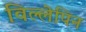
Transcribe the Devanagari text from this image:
विल्लेपिन